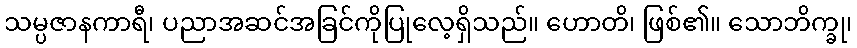
သမ္ပဇာနကာရီ၊ ပညာအဆင်အခြင်ကိုပြုလေ့ရှိသည်။ ဟောတိ၊ ဖြစ်၏။ သောဘိက္ခု၊